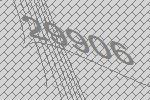
29906